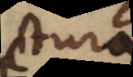
ctura